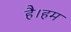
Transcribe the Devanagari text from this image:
है।हम